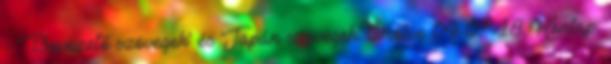
- 'Bevezető szövegek' és 'Japán szövegek' törölve 04-07-18 Honlap: